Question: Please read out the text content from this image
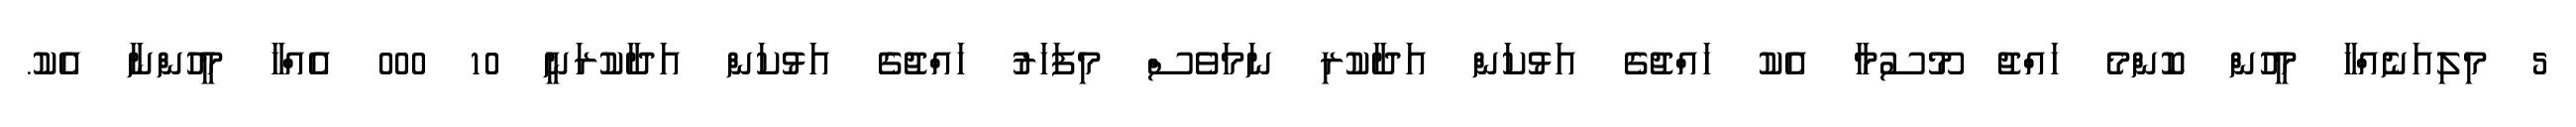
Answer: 5 މިލިއަނެއްހާ މީހުން ކޮންމެ ހައްޖު މޫސުމާ އެކު ހައްޖުގެ އަޅުކަން އަދާކުރި ނަމަވެސް މިފަހަރު ހައްޖުގެ އަޅުކަން އަދާކުރަނީ 10 000 އެއްހާ މީހުންނާ އެކު.